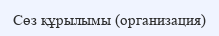
Сөз құрылымы (организация)